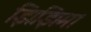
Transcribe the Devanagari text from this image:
झिझिमा